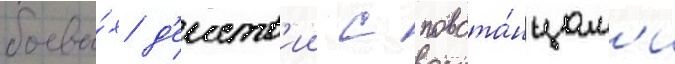
боевы́х д'еиств'ии с повста́нцам'и